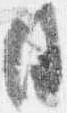
日